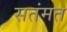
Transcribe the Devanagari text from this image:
सतंमत